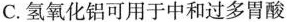
C.氢氧化铝可用于中和过多胃酸